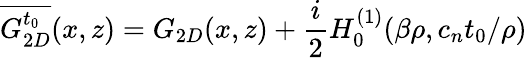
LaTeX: \overline{{G_{2D}^{t_{0}}}}(x,z)=G_{2D}(x,z)+\frac{i}{2}H_{0}^{(1)}(\beta\rho,c_{n}t_{0}/\rho)